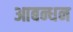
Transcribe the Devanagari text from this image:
आबन्धन